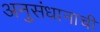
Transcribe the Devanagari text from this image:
अनुसंधानाची